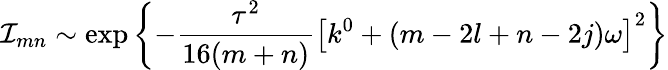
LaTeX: \mathcal{I}_{mn}\sim\exp{\left\{ -\frac{\tau^{2}}{16(m+n)}\left[k^{0}+(m-2l+n-2j)\omega\right]^{2}\right\} }